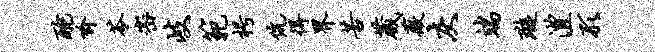
酡喻苓密岐范枵伉得界苦葳薇灰端璇澧形